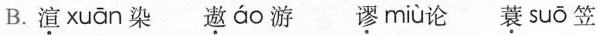
B.渲 xuān 染 遨áo游 谬 miù 论蓑 suō 笠